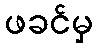
ဖခင်မှ